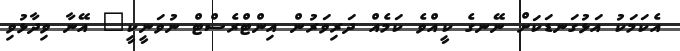
އެކަމަކު އަޅުގަނޑަކަށް ނޭނގެ ކީއްވެ ކަމެއް ދަރިވަރުން އިންޓްރެސްޓް ނުވަނީކީ" އޭނާ ވިދާޅުވި